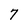
Character: 7